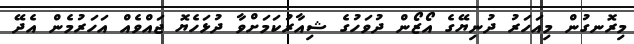
މިރޮނގުން މިއަހަރު ދުނިޔޭގެ އޯޒޯން ދުވަހުގެ ޝިއާރުކަމަށްވާ ދުޅަހެޔޮ ޖައްވެއް އަހަރުމެން އެދޭ